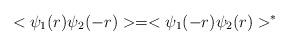
\begin{align*}<\psi_1(r)\psi_2(-r)>=<\psi_1(-r)\psi_2(r)>^*\end{align*}